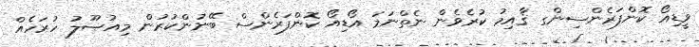
ވީޑިއޯ ކޮންފަރެންސިންގ ޤާއިމު ކުރެވެން ނެތްނަމަ އޯޑިއޯ ކޮންފަރެންސް ބޭނުންކުރުން މިއުޞޫލު ހުރަހެއް